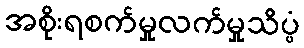
အစိုးရစက်မှုလက်မှုသိပ္ပံ